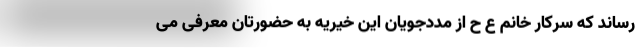
رساند که سرکار خانم ع ح از مددجویان این خیریه به حضورتان معرفی می